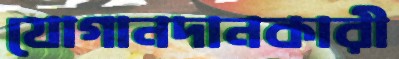
যোগানদানকারী